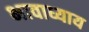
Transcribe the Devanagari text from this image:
भावाध्याय